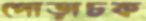
পোড়াচক